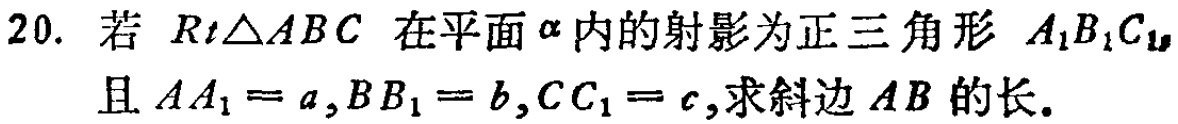
20. 若 \(Rt\triangle ABC\) 在平面 \(\alpha\) 内的射影为正三角形 \(A_{1}B_{1}C_{1}\)，且 \(AA_{1}=a,BB_{1}=b,CC_{1}=c\)，求斜边 \(AB\) 的长。